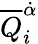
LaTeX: {\overline{{Q}}}_{i}^{\dot{\alpha}}